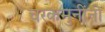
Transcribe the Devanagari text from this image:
चरकमुनींनी